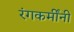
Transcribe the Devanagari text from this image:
रंगकर्मींनी